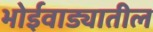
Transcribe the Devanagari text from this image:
भोईवाड्यातील